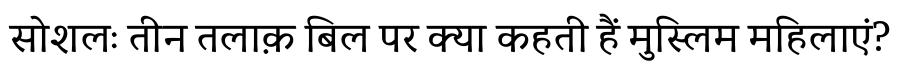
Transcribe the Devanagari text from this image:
सोशलः तीन तलाक़ बिल पर क्या कहती हैं मुस्लिम महिलाएं?